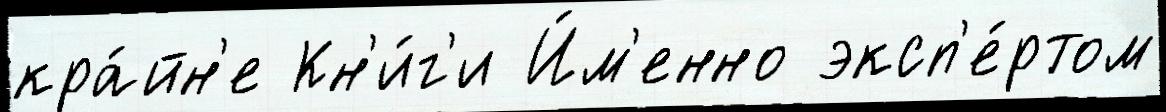
кра́йн'е Кн'и́г'и И́м'енно эксп'е́ртом